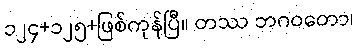
၁၂၄+၁၂၅+ဖြစ်ကုန်ပြီ။ တဿ ဘဂဝတော၊